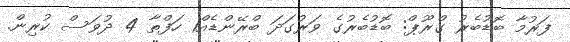
ފަރުމާ ބޮޑުބެރު ގްރޫޕް: ބޮޑުބެރުގެ ވަރުގަދަ ބްރޭންޑެއް1 ހަފްތާ 4 ދުވަސް ކުރިން.